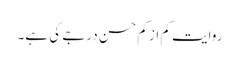
روایت کم از کم حسن درجے کی ہے۔